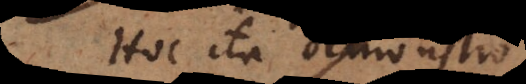
Hoc ita demonstro